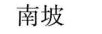
南坡